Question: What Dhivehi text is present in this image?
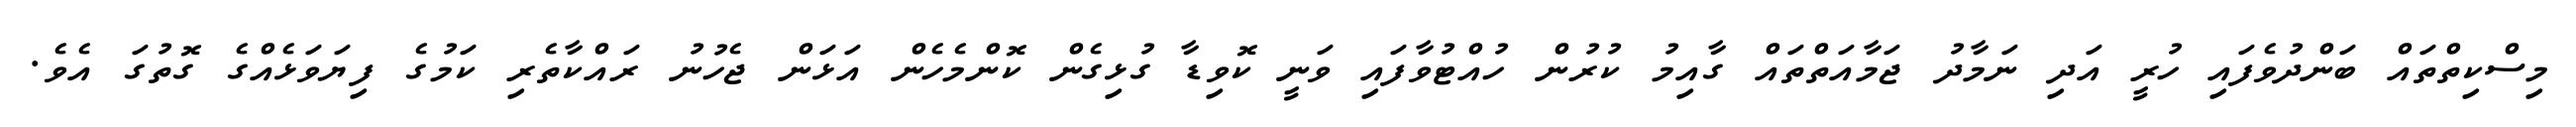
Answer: މިސްކިތްތައް ބަންދުވެފައި ހުރީ އަދި ނަމާދު ޖަމާއަތްތައް ގާއިމު ކުރުން ހުއްޓުވާފައި ވަނީ ކޮވިޑާ ގުޅިގެން ކޮންމެހެން އަޅަން ޖެހުނު ރައްކާތެރި ކަމުގެ ފިޔަވަޅެއްގެ ގޮތުގަ އެވެ.